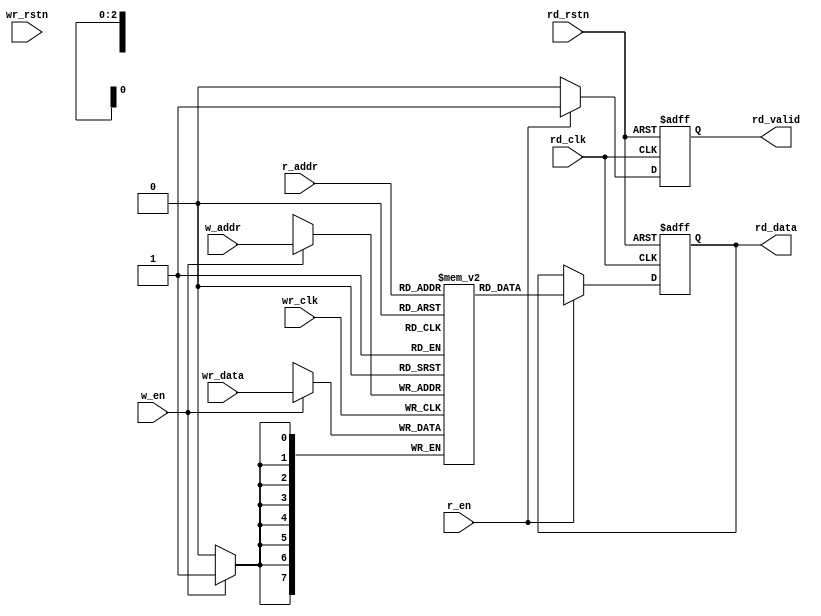

module fifo_storage (
//input
wr_clk,
wr_rstn,
w_en,
w_addr,
wr_data,
rd_clk,
rd_rstn,
r_en,
r_addr,
//output
rd_valid,
rd_data
);
parameter DATA_WIDTH=8;
parameter FIFO_DEPTH=8;
//parameter PTR_WIDTH log2(FIFO_DEPTH) ;
parameter PTR_WIDTH=3;
// Port declaration
// 1: from write side
input wr_clk;
input wr_rstn;
input [DATA_WIDTH - 1 : 0] wr_data;

// 2: to read side
output reg rd_valid;
output reg [DATA_WIDTH - 1 : 0] rd_data;

// 3: from wr_ctrl block
input w_en;
input [PTR_WIDTH - 1 : 0] w_addr;

// 4: from rd_ctrl block
input rd_clk;
input rd_rstn;
input r_en;
input [PTR_WIDTH - 1 : 0] r_addr;

//Wires
reg [DATA_WIDTH - 1 : 0] fifo_mem [FIFO_DEPTH - 1 : 0];

/*
// for test
wire [DATA_WIDTH - 1 : 0] fifo_mem0, fifo_mem1,fifo_mem2, fifo_mem3, fifo_mem4, fifo_mem5, fifo_mem6, fifo_mem7;
assign fifo_mem0 = fifo_mem[0];
assign fifo_mem1 = fifo_mem[1];
assign fifo_mem2 = fifo_mem[2];
assign fifo_mem3 = fifo_mem[3];
assign fifo_mem4 = fifo_mem[4];
assign fifo_mem5 = fifo_mem[5];
assign fifo_mem6 = fifo_mem[6];
assign fifo_mem7 = fifo_mem[7];
*/

//Logic start

always @(posedge wr_clk)
begin
	if (w_en)
	begin
		fifo_mem[w_addr] <=wr_data;
	end
end

always @(posedge rd_clk or negedge rd_rstn)
begin
	if(!rd_rstn)
	begin
		rd_valid <= 1'b0;
		rd_data <= {DATA_WIDTH{1'b0}};
	end
	else
	begin
		if(r_en)
		begin
			rd_valid <= 1'b1;
			rd_data  <= fifo_mem[r_addr];
		end
		else
		begin
			rd_valid <= 1'b0;
		end
	end
end

endmodule